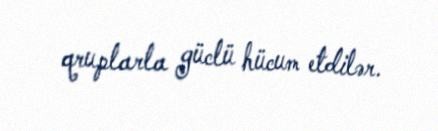
qruplarla güclü hücum etdilər.